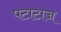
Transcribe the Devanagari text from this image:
पटाटाज